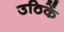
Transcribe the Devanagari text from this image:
उठिकें